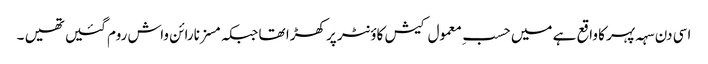
اسی دن سہہ پہر کا واقع ہے میں حسبِ معمول کیش کاؤنٹر پر کھڑا تھا جبکہ مسز نارائن واش روم گئیں تھیں ۔